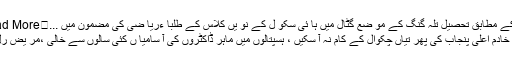
تفصیل کے مطابق تحصیل تلہ گنگ کے مو ضع گٹال میں ہا ئی سکو ل کے نو یں کلاس کے طلبا ءریا ضی کی مضمون میں ...	Read More »
خادم اعلی پنجاب کی پھر تیاں چکوال کے کام نہ آ سکیں ، ہسپتالوں میں ماہر ڈاکٹروں کی آ سامیا ں کئی سالوں سے خالی ،مر یض رل گئے ۔